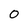
Character: 0